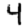
Digit: 4